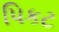
પિકટ